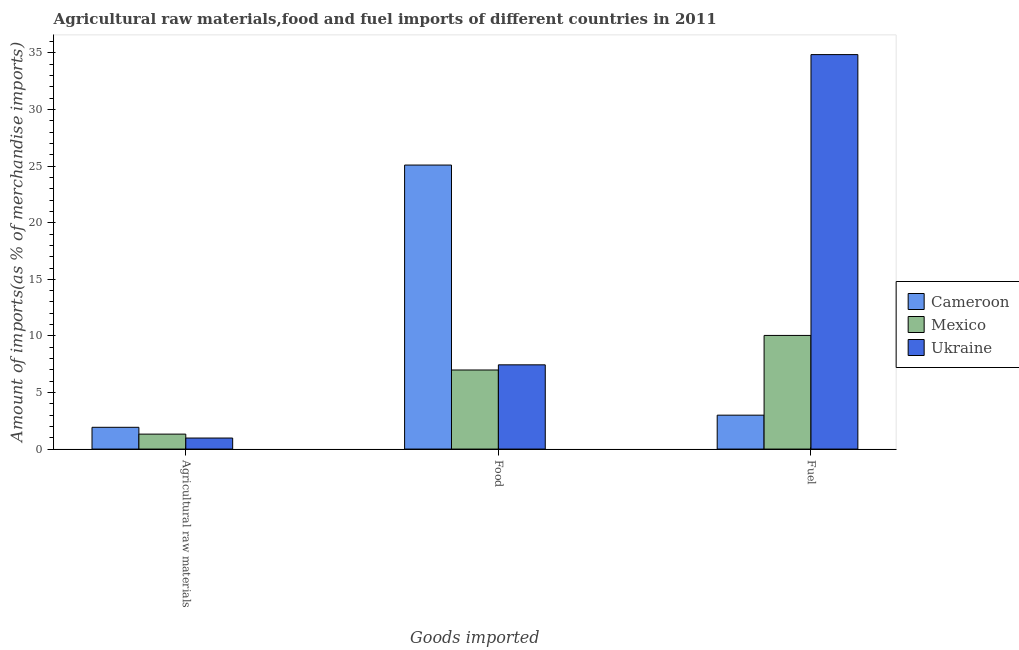
| Goods imported | Cameroon | Mexico | Ukraine |
 | --- | --- | --- | --- |
 | Agricultural raw materials | 1.92 | 1.32 | 0.975 |
 | Food | 25.1 | 6.99 | 7.44 |
 | Fuel | 3 | 10 | 34.9 |